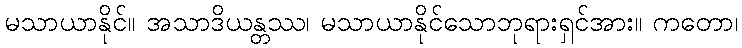
မသာယာနိုင်။ အသာဒိယန္တဿ၊ မသာယာနိုင်သောဘုရားရှင်အား။ ကတော၊